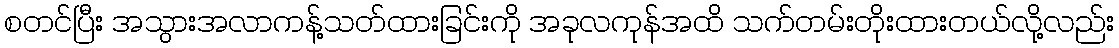
စတင်ပြီး အသွားအလာကန့်သတ်ထားခြင်းကို အခုလကုန်အထိ သက်တမ်းတိုးထားတယ်လို့လည်း